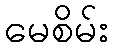
မေစိမ်း